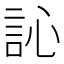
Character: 訫